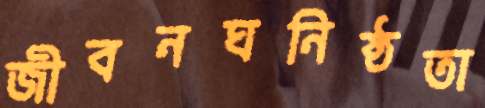
জীবনঘনিষ্ঠতা